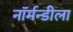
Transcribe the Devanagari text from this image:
नॉर्मन्डीला